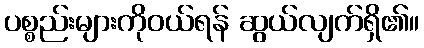
ပစ္စည်းများကိုဝယ်ရန် ဆွယ်လျက်ရှိ၏။